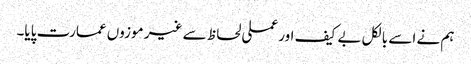
ہم نے اسے بالکل بے کیف اور عملی لحاظ سے غیر موزوں عمارت پایا۔